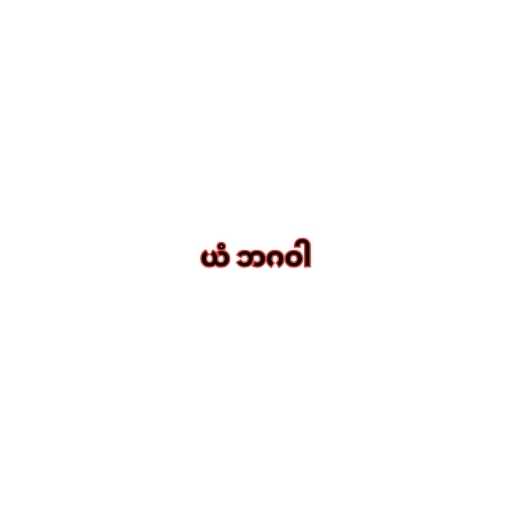
ယံ ဘဂဝါ